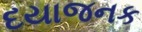
દયાજનક